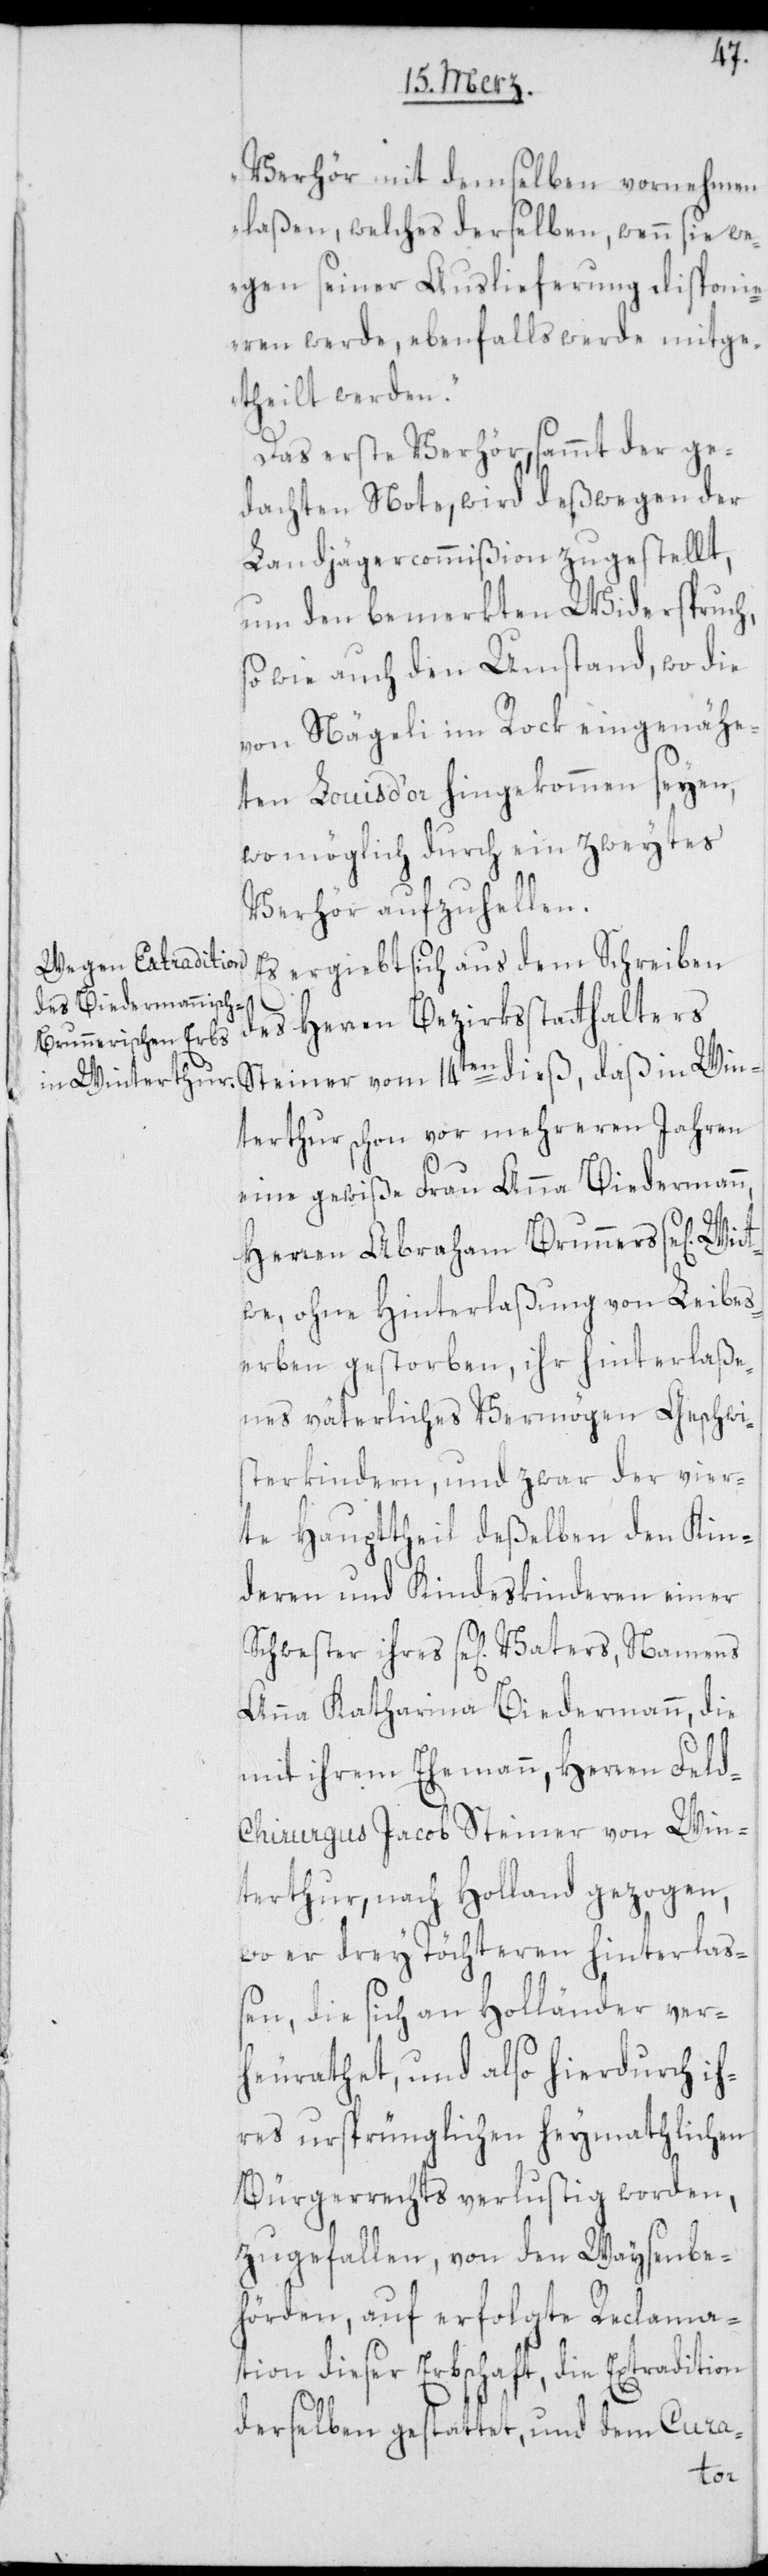
Verhör mit demselben vornehmen
laßen, welches derselben, wenn sie we¬
gen seiner Auslieferung disponi¬
eren werde, ebenfalls werde mitge¬
theilt werden.“
Das erste Verhör, sammt der ge¬
dachten Note, wird deßwegen der
Landjägercommißion zugestellt,
um den bemerkten Widerspruch,
sowie auch den Umstand, wo die
von Nägeli im Rock eingenähe¬
ten Louis d’or hingekommen seyen,
wo möglich durch ein zweytes
Verhör aufzuhellen.
Es ergiebt sich aus dem Schreiben
des Herren Bezirksstatthalters
Steiner vom 14ten dieß, daß in Win¬
terthur schon vor mehreren Jahren
eine gewiße Frau Anna Biedermann,
Herren Abraham Brunners se[lig]
we, ohne Hinterlaßung von Leibes¬
erben gestorben, ihr hinterlaße¬
nes väterliches Vermögen Geschwis¬
terkindern, und zwar der vier¬
te Haupttheil deßelben den Kin¬
deren und Kindeskinderen einer
Schwester ihres se[ligen] Vaters, Namens
Anna Katharina Biedermann, die
mit ihrem Ehemann, Herren Feld¬
chirurgus Jacob Steiner von Win¬
terthur, nach Holland gezogen,
wo er drey Töchteren hinterlaß¬
en, die sich an Holländer ver¬
heurathet, und also hierdurch ih¬
res ursprünglichen heymathlichen
Bürgerrechts verlustig worden,
zugefallen, von den Waysenbe¬
hörden, auf erfolgte Reclama¬
tion dieser Erbschaft, die Extradition
derselben gestattet, und dem Cura-
Wit¬